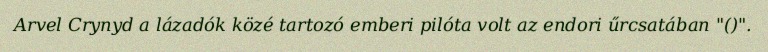
Arvel Crynyd a lázadók közé tartozó emberi pilóta volt az endori űrcsatában "()".